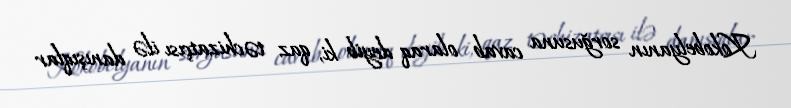
Kokobelyanın sorğusuna cavab olaraq deyib ki, qaz təchizatçısı ilə danışıqlar